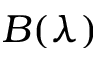
B ( \lambda )